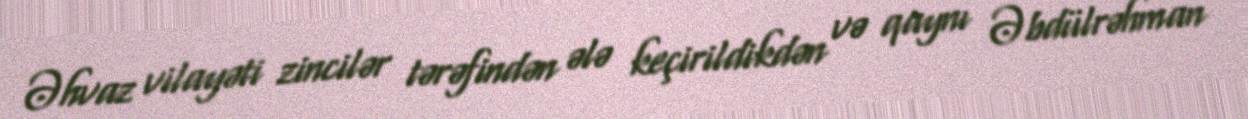
Əhvaz vilayəti zincilər tərəfindən ələ keçirildikdən və qaynı Əbdülrəhman